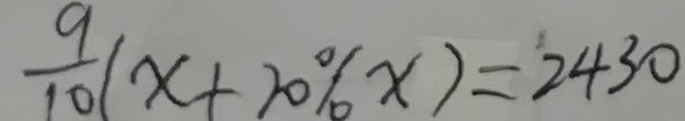
\frac { 9 } { 1 0 } ( x + 2 0 \% x ) = 2 4 3 0